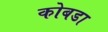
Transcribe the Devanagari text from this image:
कोबडा